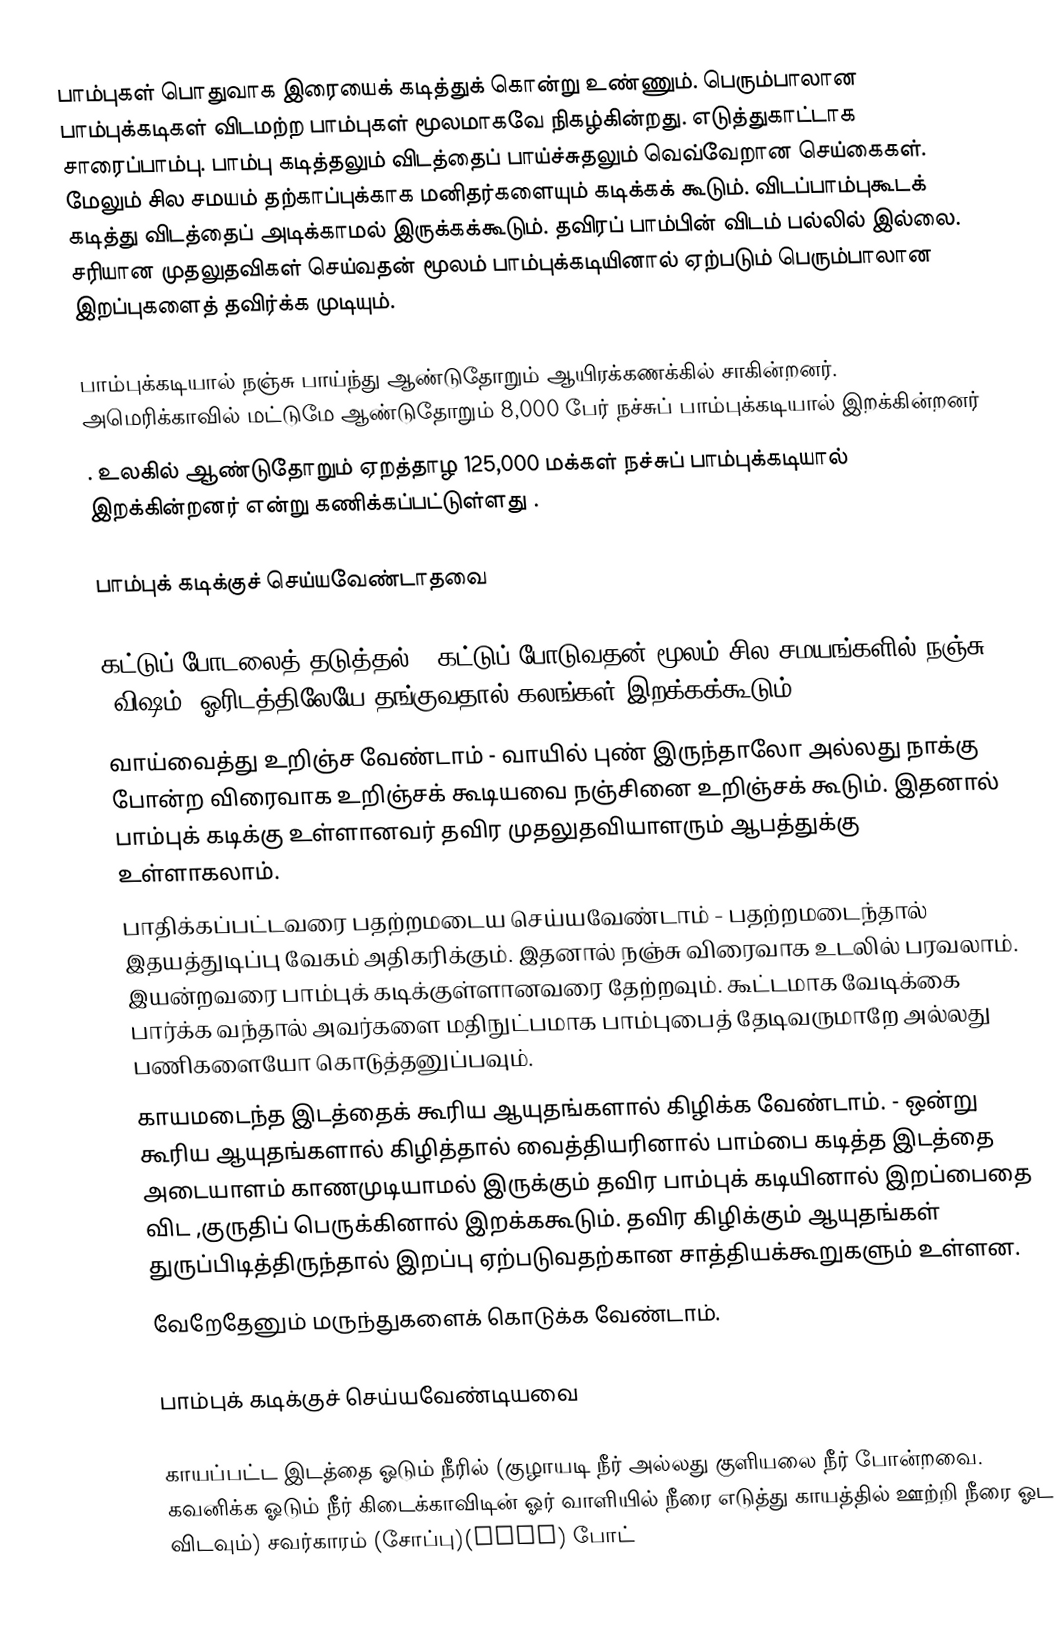
பாம்புகள் பொதுவாக இரையைக் கடித்துக் கொன்று உண்ணும். பெரும்பாலான பாம்புக்கடிகள் விடமற்ற பாம்புகள் மூலமாகவே நிகழ்கின்றது. எடுத்துகாட்டாக சாரைப்பாம்பு. பாம்பு கடித்தலும் விடத்தைப் பாய்ச்சுதலும் வெவ்வேறான செய்கைகள். மேலும் சில சமயம் தற்காப்புக்காக மனிதர்களையும் கடிக்கக் கூடும். விடப்பாம்புகூடக் கடித்து விடத்தைப் அடிக்காமல் இருக்கக்கூடும். தவிரப் பாம்பின் விடம் பல்லில் இல்லை. சரியான முதலுதவிகள் செய்வதன் மூலம் பாம்புக்கடியினால் ஏற்படும் பெரும்பாலான இறப்புகளைத் தவிர்க்க முடியும்.

பாம்புக்கடியால் நஞ்சு பாய்ந்து ஆண்டுதோறும் ஆயிரக்கணக்கில் சாகின்றனர். அமெரிக்காவில் மட்டுமே ஆண்டுதோறும் 8,000 பேர் நச்சுப் பாம்புக்கடியால் இறக்கின்றனர்
.  உலகில் ஆண்டுதோறும் ஏறத்தாழ 125,000 மக்கள் நச்சுப் பாம்புக்கடியால் இறக்கின்றனர் என்று கணிக்கப்பட்டுள்ளது    .

பாம்புக் கடிக்குச் செய்யவேண்டாதவை

 கட்டுப் போடலைத் தடுத்தல் - கட்டுப் போடுவதன் மூலம் சில சமயங்களில் நஞ்சு (விஷம்) ஓரிடத்திலேயே தங்குவதால் கலங்கள் இறக்கக்கூடும்.
 வாய்வைத்து உறிஞ்ச வேண்டாம் - வாயில் புண் இருந்தாலோ அல்லது நாக்கு போன்ற விரைவாக உறிஞ்சக் கூடியவை  நஞ்சினை உறிஞ்சக் கூடும். இதனால் பாம்புக் கடிக்கு உள்ளானவர் தவிர முதலுதவியாளரும் ஆபத்துக்கு உள்ளாகலாம்.
 பாதிக்கப்பட்டவரை பதற்றமடைய செய்யவேண்டாம் - பதற்றமடைந்தால் இதயத்துடிப்பு வேகம் அதிகரிக்கும். இதனால் நஞ்சு விரைவாக உடலில் பரவலாம். இயன்றவரை பாம்புக் கடிக்குள்ளானவரை தேற்றவும். கூட்டமாக வேடிக்கை பார்க்க வந்தால் அவர்களை மதிநுட்பமாக பாம்புபைத் தேடிவருமாறே அல்லது பணிகளையோ கொடுத்தனுப்பவும்.
 காயமடைந்த இடத்தைக் கூரிய ஆயுதங்களால் கிழிக்க வேண்டாம். - ஒன்று கூரிய ஆயுதங்களால் கிழித்தால் வைத்தியரினால் பாம்பை கடித்த இடத்தை அடையாளம் காணமுடியாமல் இருக்கும் தவிர பாம்புக் கடியினால் இறப்பைதை விட ,குருதிப் பெருக்கினால்  இறக்ககூடும். தவிர கிழிக்கும் ஆயுதங்கள் துருப்பிடித்திருந்தால் இறப்பு ஏற்படுவதற்கான சாத்தியக்கூறுகளும் உள்ளன.
 வேறேதேனும் மருந்துகளைக் கொடுக்க வேண்டாம்.

பாம்புக் கடிக்குச் செய்யவேண்டியவை

 காயப்பட்ட இடத்தை ஓடும் நீரில் (குழாயடி நீர் அல்லது குளியலை நீர் போன்றவை. கவனிக்க ஓடும் நீர் கிடைக்காவிடின் ஓர் வாளியில் நீரை எடுத்து காயத்தில் ஊற்றி நீரை ஓட விடவும்) சவர்காரம் (சோப்பு)(soap) போட்